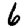
Digit: 6